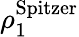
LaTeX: \rho_{1}^{\mathrm{Spitzer}}